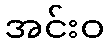
အင်းဝ